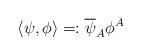
LaTeX: \begin{align*}\langle\psi,\phi\rangle=:\overline{\psi}_A\phi^A\end{align*}